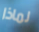
لماذا